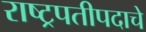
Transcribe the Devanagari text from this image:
राष्ट्रपतीपदाचे